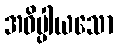
အဓိပ္ပါယသော